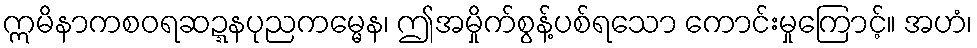
ဣမိနာကစဝရဆဍ္ဍနပုညကမ္မေန၊ ဤအမှိုက်စွန့်ပစ်ရသော ကောင်းမှုကြောင့်။ အဟံ၊